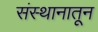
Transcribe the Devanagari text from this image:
संस्थानातून